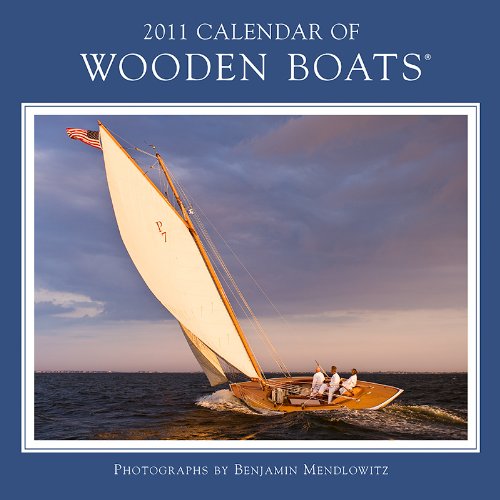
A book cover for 2011 Calendar of Wooden Boats; NOAH Publications; Calendars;